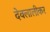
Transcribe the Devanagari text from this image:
देवलालीकर